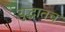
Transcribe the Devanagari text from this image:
युद्धातच